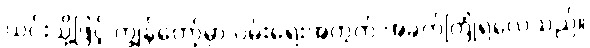
ယင်းသို့ဖြင့် ကျွန်တော့်မှာ ဝမ်းရေးအတွက် အခက်ကြုံရလေသည်။